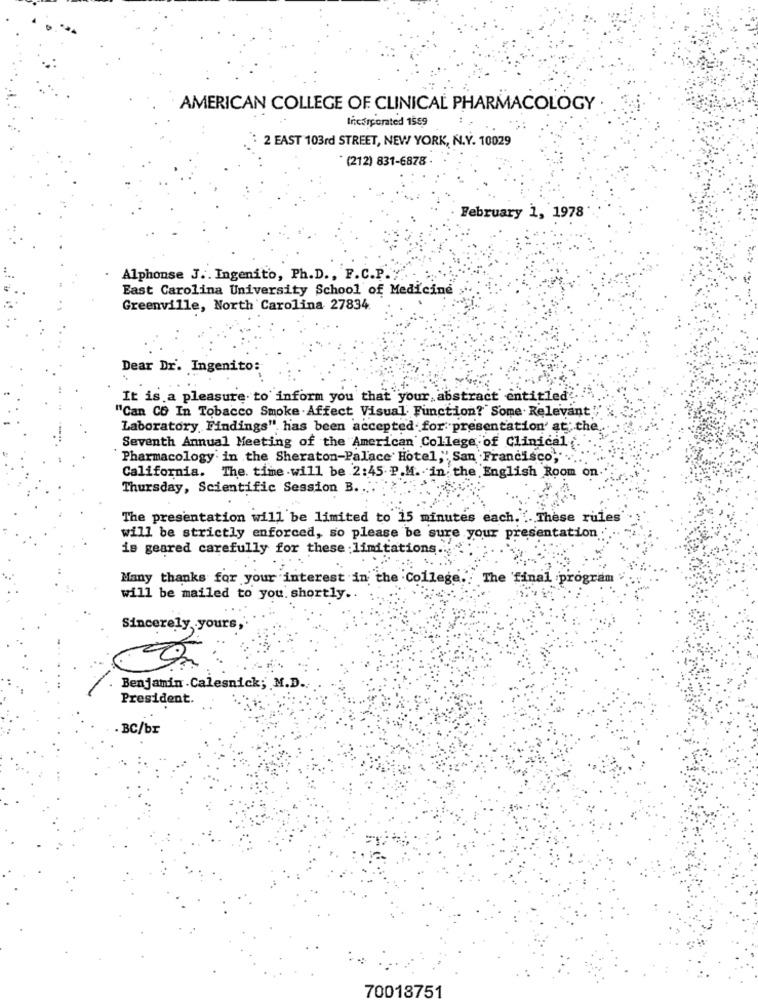
AMERICAN COLLEGE OF CLINICAL PHARMACOLOGY
Incorporated 1559
: 2 EAST 103rd STREET, NEW YORK, N.Y. 10029
(212) 831-6878
February 1, 1978
Alphonse J .. Ingenito, Ph.D ., F.C.P .;
East Carolina University School of Medicine
Greenville, North Carolina 27834
Dear Dr. Ingenito:
It is a pleasure. to inform you that your abstract entitled
"Can CO In Tobacco Smoke .Affect Visual Function?" Some Relevant ""
Laboratory Findings" has been accepted- for presentation' at; the,
Seventh Annual Meeting of the American College of Clinical .
Pharmacology in the Sheraton-Palace Hotel," San Francisco," ....
California. The. time will be 2:45 P.M. in the English Room on.
Thursday, Scientific Session B ..
The presentation will be limited to 15 min
each. .. These rules
will be strictly enforced, so please be sure your presentation:
is geared carefully for these limitations
Many thanks for your interest in the College .. The final program
will be mailed to you. shortly ..
Sincerely yours,
Benjamin . Calesnick; M.D.
President.
BC/br
70018751